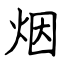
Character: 烟